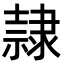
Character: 隷